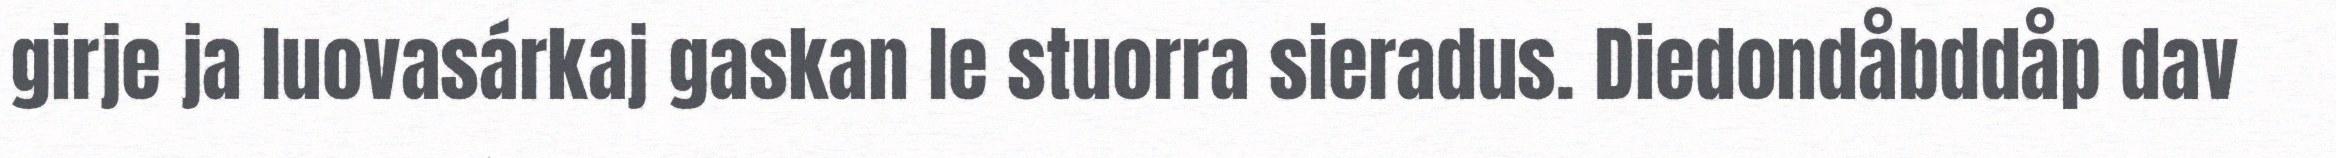
girje ja luovasárkaj gaskan le stuorra sieradus. Diedondåbddåp dav